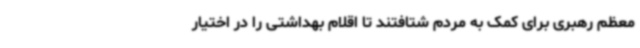
معظم رهبری برای کمک به مردم شتافتند تا اقلام بهداشتی را در اختیار